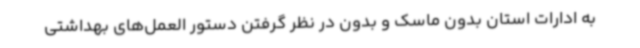
به ادارات استان بدون ماسک و بدون در نظر گرفتن دستور العمل‌های بهداشتی